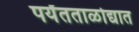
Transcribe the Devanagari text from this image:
पर्यंतताळोद्यात